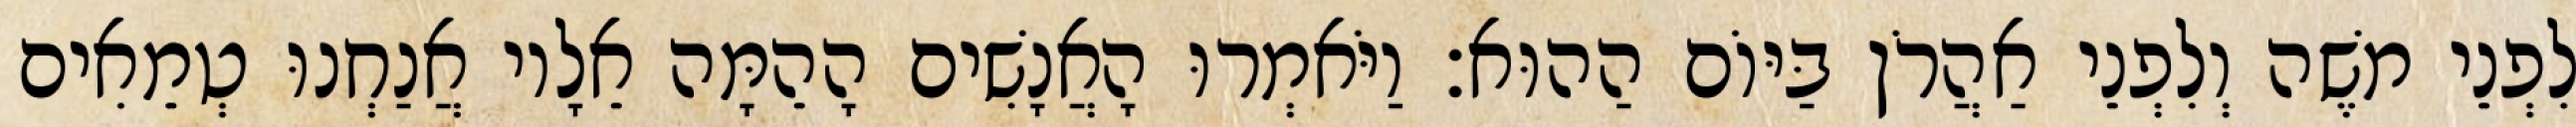
לִפְנֵי משֶׁה וְלִפְנֵי אַהֲרֹן בַּיּוֹם הַהוּא׃ וַיֹּאמְרוּ הָאֲנָשִׁים הָהֵמָּה אֵלָיו אֲנַחְנוּ טְמֵאִים